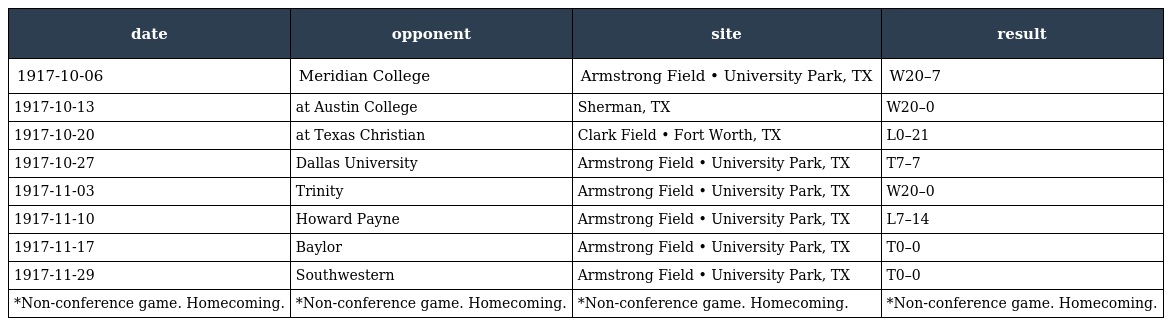
| date | opponent | site | result |
 | --- | --- | --- | --- |
 | 1917-10-06 | Meridian College | Armstrong Field • University Park, TX | W20–7 |
 | 1917-10-13 | at Austin College | Sherman, TX | W20–0 |
 | 1917-10-20 | at Texas Christian | Clark Field • Fort Worth, TX | L0–21 |
 | 1917-10-27 | Dallas University | Armstrong Field • University Park, TX | T7–7 |
 | 1917-11-03 | Trinity | Armstrong Field • University Park, TX | W20–0 |
 | 1917-11-10 | Howard Payne | Armstrong Field • University Park, TX | L7–14 |
 | 1917-11-17 | Baylor | Armstrong Field • University Park, TX | T0–0 |
 | 1917-11-29 | Southwestern | Armstrong Field • University Park, TX | T0–0 |
 | *Non-conference game. Homecoming. | *Non-conference game. Homecoming. | *Non-conference game. Homecoming. | *Non-conference game. Homecoming. |